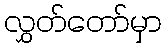
လွှတ်တော်မှာ